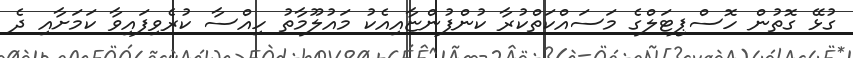
ގުޅޭ ގޮތުން ހޮސްޕިޓަލްގެ މަސައްކަތްކުރާ ކުންފުންޏާއިއެކު މައުލޫމާތު ހިއްސާ ކުރެވިފައިވާ ކަަމަށާއި ދެ